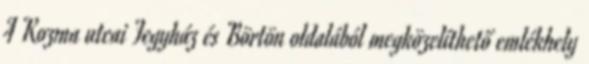
A Kozma utcai Fegyház és Börtön oldalából megközelíthető emlékhely